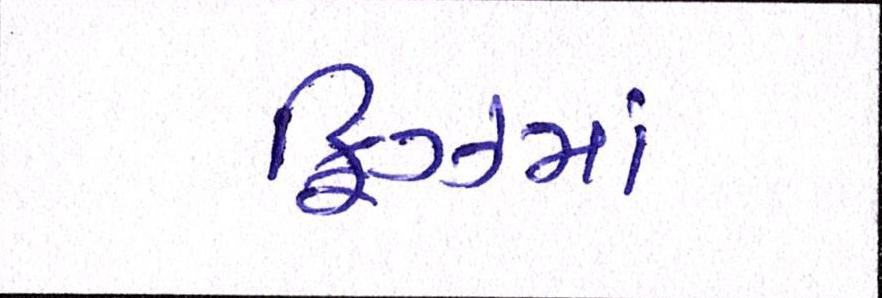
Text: ફ્રિઝમાં